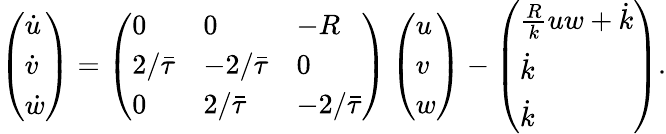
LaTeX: \left(\begin{array}{l}{\dot{u}}\\ {\dot{v}}\\ {\dot{w}}\end{array}\right)=\left(\begin{array}{lll}{0}&{0}&{-R}\\ {2/\bar{\tau}}&{-2/\bar{\tau}}&{0}\\ {0}&{2/\bar{\tau}}&{-2/\bar{\tau}}\end{array}\right)\left(\begin{array}{l}{u}\\ {v}\\ {w}\end{array}\right)-\left(\begin{array}{l}{\frac{R}{k}uw+\dot{k}}\\ {\dot{k}}\\ {\dot{k}}\end{array}\right).